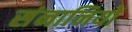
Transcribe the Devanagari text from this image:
संनानियों